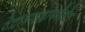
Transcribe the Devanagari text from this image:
टेट्राहाइड्रोफोलेट